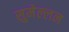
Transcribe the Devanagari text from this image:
सुमेल्लन